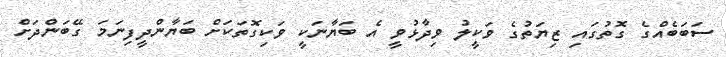
ސަބަބެއްގެ ގޮތުގައި ޒިޔަތުގެ ވަކީލު ވިދާޅުވީ އެ ބަޔާނަކީ ވަކިގޮތަކަށް ބަޔާންދީފިނަމަ ގޭބަންދަށް